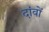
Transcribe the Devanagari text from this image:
दांवों